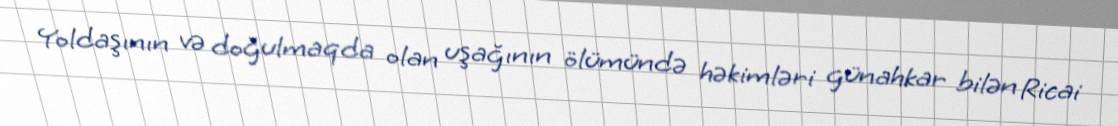
Yoldaşının və doğulmaqda olan uşağının ölümündə həkimləri günahkar bilən Ricai